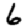
Digit: 6